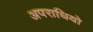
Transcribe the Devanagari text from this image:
अपराधियो